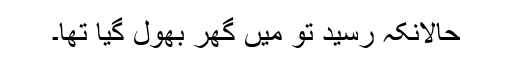
حالانکہ رسید تو میں گھر بھول گیا تھا۔